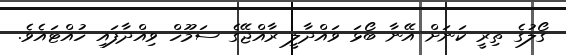
ގޯލުގެ ތިރީ ކަނަށް އޭނާ ބޯޅަ ވައްދާލީ ރާއްޖޭގެ ސަމޫހް ވިއްދާފައި ހުއްޓައެވެ.